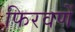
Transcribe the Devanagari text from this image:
फिरवणें